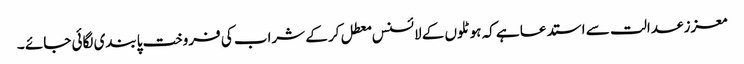
معزز عدالت سے استدعا ہے کہ ہوٹلوں کے لائسنس معطل کر کے شراب کی فروخت پابندی لگائی جائے ۔